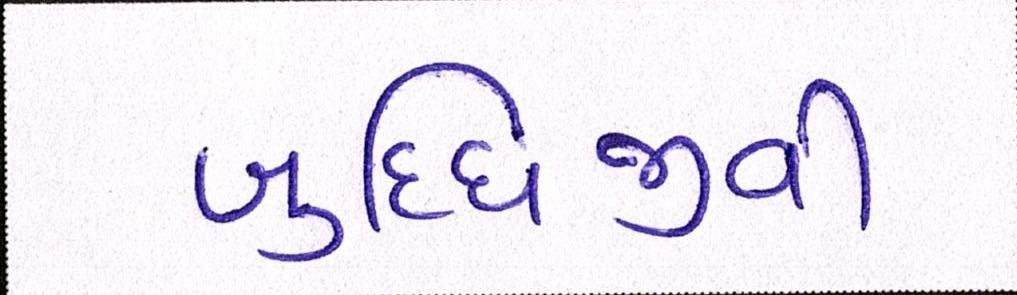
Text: બુધ્ધિજીવી